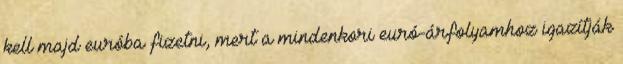
kell majd euróba fizetni, mert a mindenkori euró-árfolyamhoz igazítják